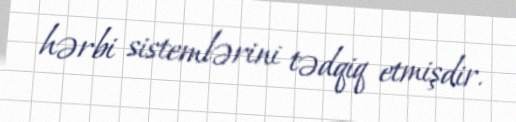
hərbi sistemlərini tədqiq etmişdir.